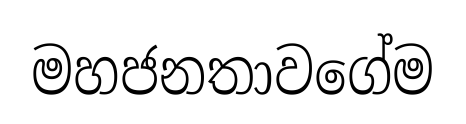
මහජනතාවගේම